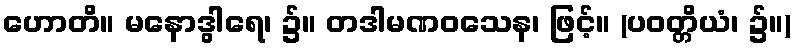
ဟောတိ။ မနောဒွါရေ၊ ၌။ တဒါမဏဝသေန၊ ဖြင့်။ (ပဝတ္တိယံ၊ ၌။)